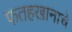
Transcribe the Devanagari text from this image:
फतहखानाचे